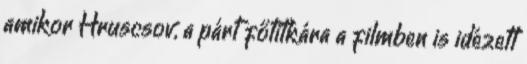
amikor Hruscsov, a párt főtitkára a filmben is idézett